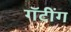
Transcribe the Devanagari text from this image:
गॅटींग